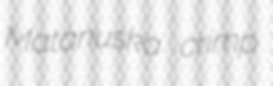
Matanuska crimp